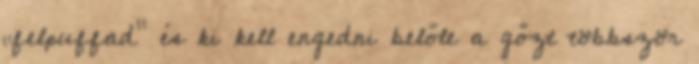
„felpuffad” és ki kell engedni belőle a gőzt többször